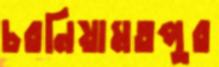
চরনিয়ামতপুর